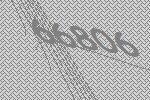
66806